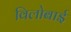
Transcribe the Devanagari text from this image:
विलोबाई